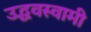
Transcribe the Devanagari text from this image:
उद्धवस्वामी